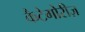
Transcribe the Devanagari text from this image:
कैटेगोरीज़